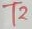
Text: T2